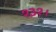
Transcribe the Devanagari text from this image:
१३१।